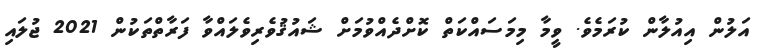
އަލުން އިއުލާން ކުރަމެވެ. ވީމާ މިމަސައްކަތް ކޮށްދެއްވުމަށް ޝައުޤުވެރިވެލައްވާ ފަރާތްތަކުން 2021 ޖުލައި